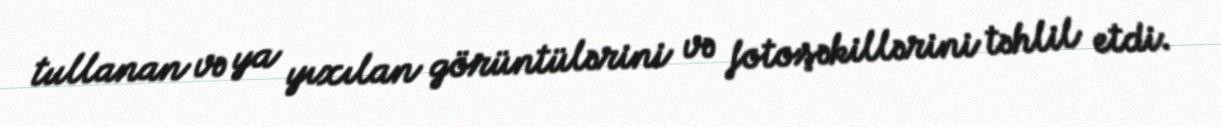
tullanan və ya yıxılan görüntülərini və fotoşəkillərini təhlil etdi.